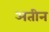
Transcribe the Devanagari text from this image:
अतीन